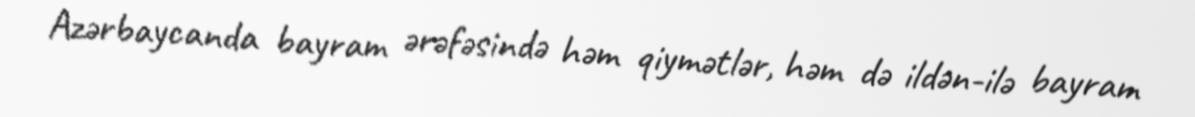
Azərbaycanda bayram ərəfəsində həm qiymətlər, həm də ildən-ilə bayram